Language: tamil
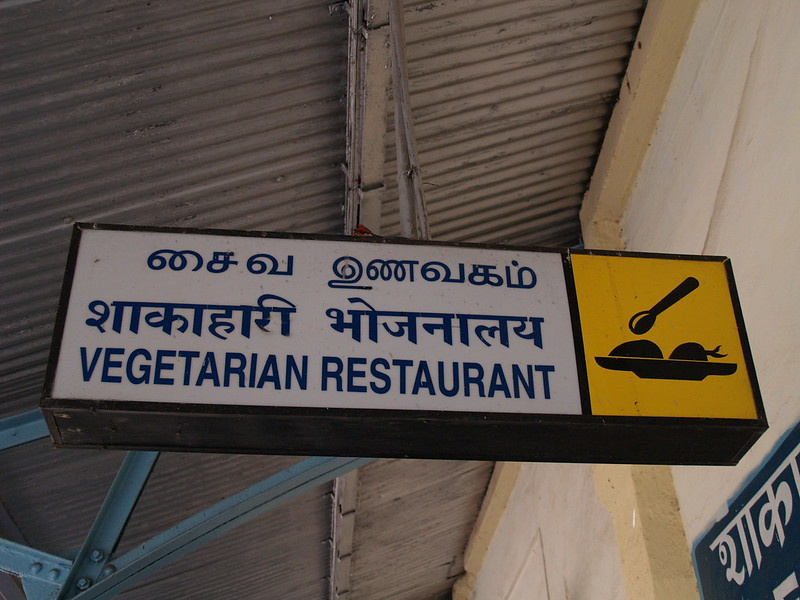
Transcription: சைவ உணவகம்